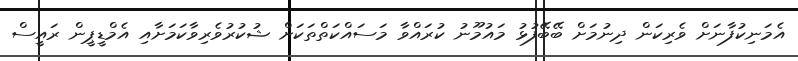
އެމަނިކުފާނަށް ވެރިކަން ދިނުމަށް ބޭބޭފުޅު މައުމޫނު ކުރައްވާ މަސައްކަތްތަކަށް ޝުކުރުވެރިވާކަމަށާއި އެމްޑީޕީން ރައީސް